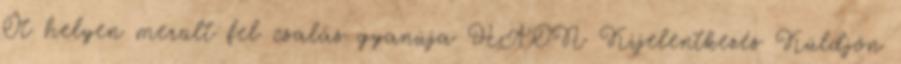
Öt helyen merült fel csalás gyanúja HAON Kijelentkezés Küldjön